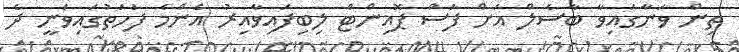
ތިން ވަނާގައިވާ ބާސެލް އަށް ފަސް ޕޮއިންޓް ލިބިފައިވާއިރު އެންމެ ފަހަތުގައިވަނީ ދެ